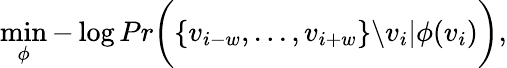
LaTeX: \operatorname*{min}_{\phi}-\log Pr\biggl(\{ v_{i-w},...,v_{i+w}\} \backslash v_{i}|\phi(v_{i})\biggr),